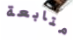
متابعة